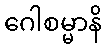
ဂေါစမ္မာနိ